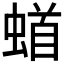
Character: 𫋎